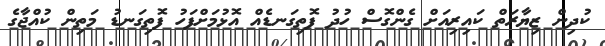
ކުދިން ޒިޔާރަތް ކައިރިއަށް ގެންގޮސް ހުދު ފޮތިގަނޑެއް އޮޅުމަށްފަހު ފޮތިގަނޑު މަތިން ކުއްޖާގެ